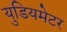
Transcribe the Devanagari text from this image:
युडियमेटर